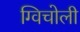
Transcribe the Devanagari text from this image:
ग्विचोली